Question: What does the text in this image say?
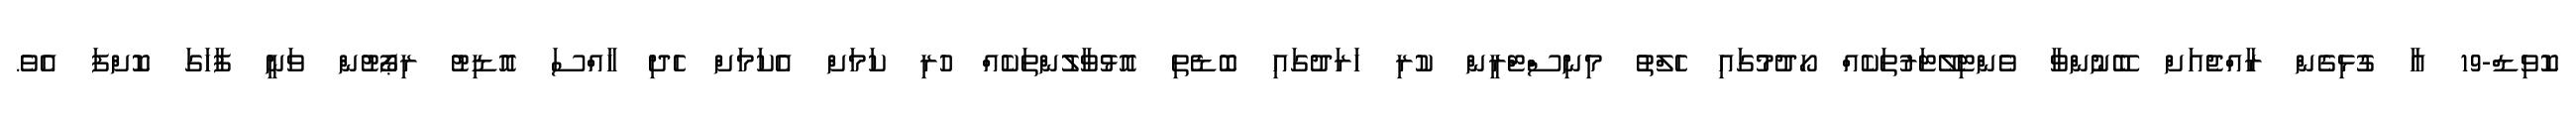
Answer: ކޮވިޑް-19 އާ ގުޅިގެން ރާއްޖެއަށް ބޭނުންވާ ވެންޓިލޭޓަރުތަކެއް ހޯދުމުގައި ހެލްތު މިނިސްޓްރީން ކުރި ހަރަދުގައި ބޮޑެތި އޮޅުވާލުންތަކެއް ހުރި ކަމަށް އެކަމަށް ހެދި ހާއްސަ އޮޑިޓު ރިޕޯޓުން ވަނީ ފާހަގަ ކޮށްފަ އެވެ.